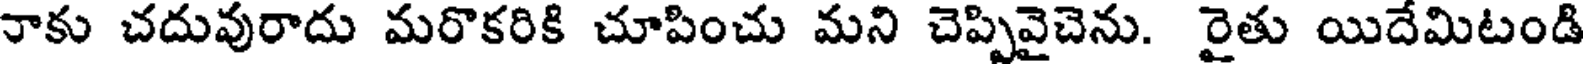
నాకు చదువురాదు మరొకరికి చూపించు మని చెప్పివైచెను. రైతు యిదేమిటండి